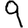
Digit: 9